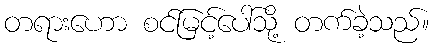
တရားဟော စင်မြင့်ပေါ်သို့ တက်ခဲ့သည်။